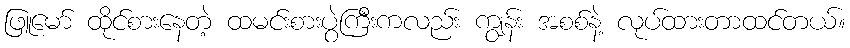
ဖြူမော် ထိုင်စားနေတဲ့ ထမင်းစားပွဲကြီးကလည်း ကျွန်း အစစ်နဲ့ လုပ်ထားတာထင်တယ်။